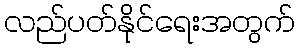
လည်ပတ်နိုင်ရေးအတွက်